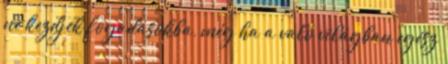
ne kezdjek fogadásokba, még ha a való világban egész